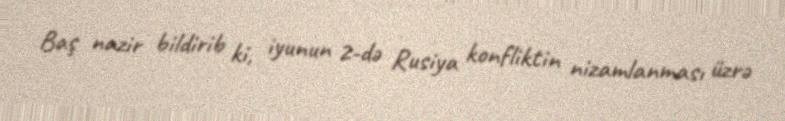
Baş nazir bildirib ki, iyunun 2-də Rusiya konfliktin nizamlanması üzrə